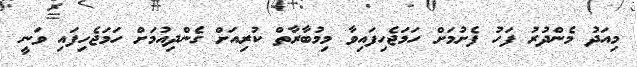
މިއަދު މެންދުރު ފަހު ފެށުމަށް ހަމަޖެހިފައިވާ މިމުބާރާތް ކުރިއަށް ގެންދިއުމަށް ހަމަޖެހިފައި ވަނީ